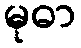
မုဓာ